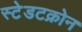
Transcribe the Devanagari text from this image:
स्टेडटक्रोन